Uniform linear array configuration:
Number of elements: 48
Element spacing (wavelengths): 0.5
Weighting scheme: cosine
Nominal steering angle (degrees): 60
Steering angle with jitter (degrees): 59.386
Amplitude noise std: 0.05
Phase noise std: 0.05

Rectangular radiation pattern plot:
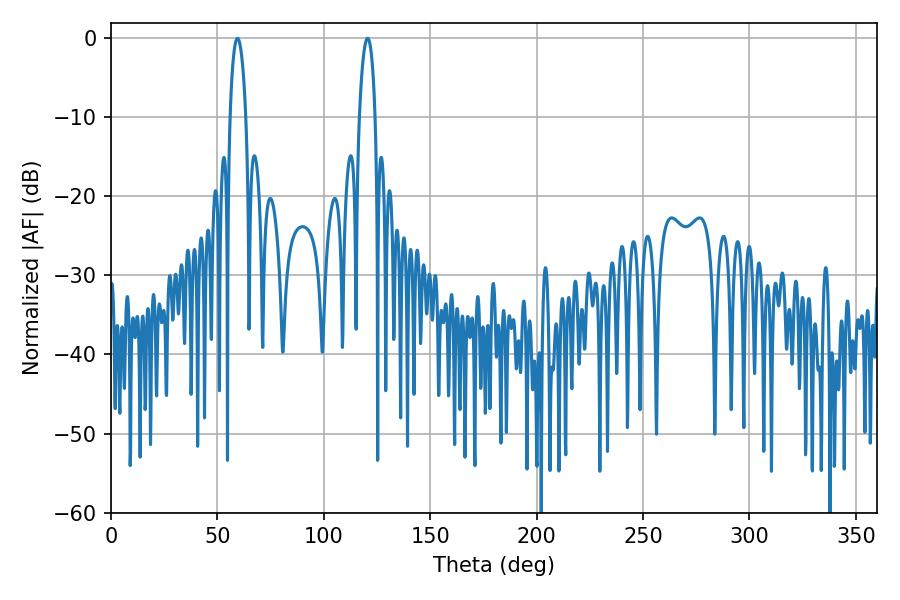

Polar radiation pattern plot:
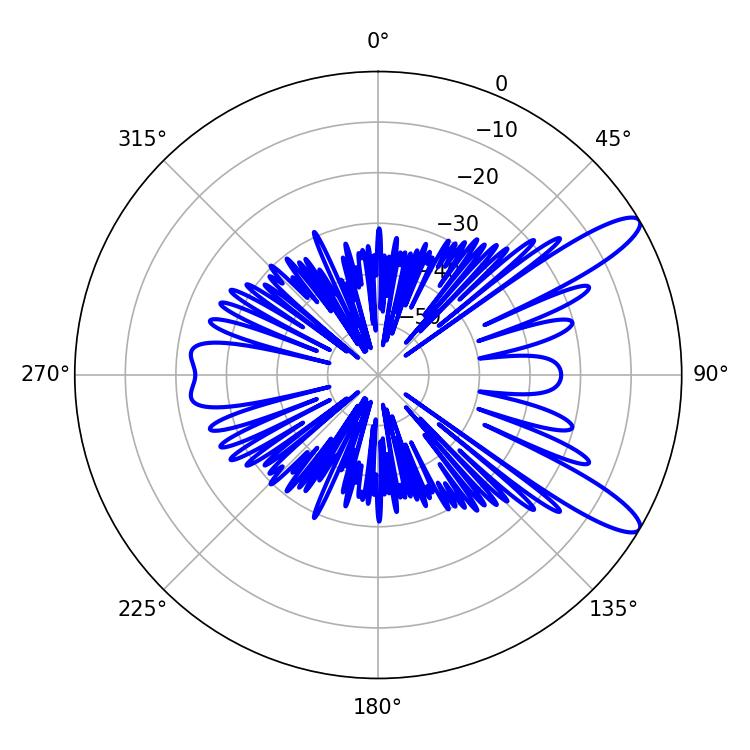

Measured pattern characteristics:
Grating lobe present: FALSE
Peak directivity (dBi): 11.552
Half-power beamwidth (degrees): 4.14
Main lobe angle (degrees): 59.4